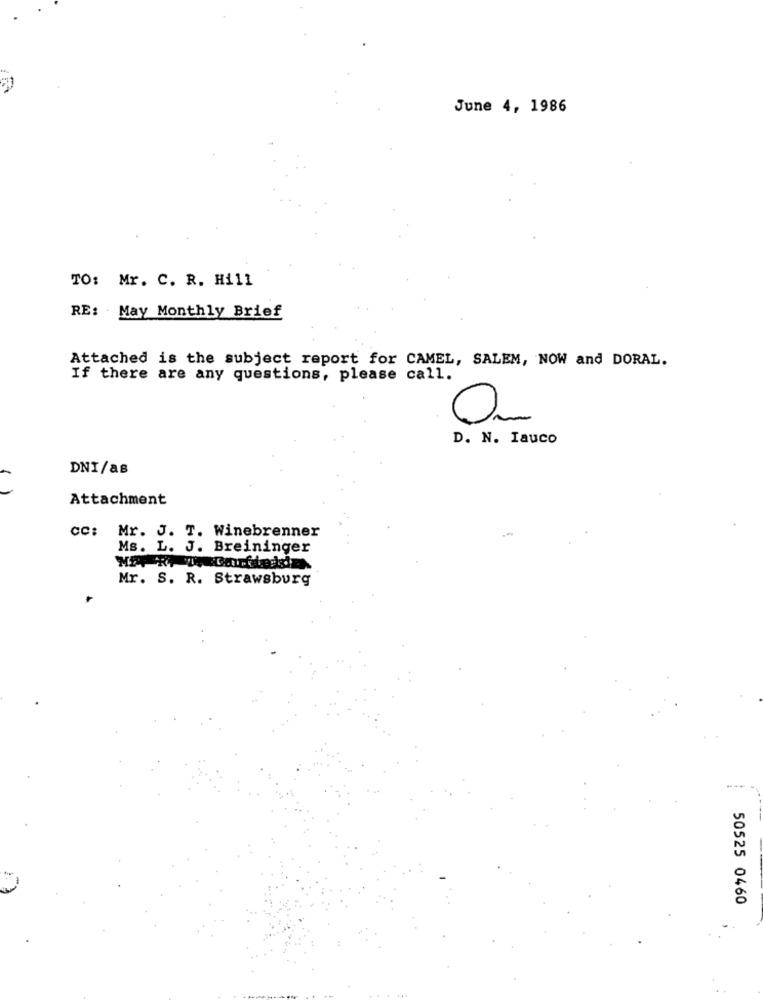
June 4, 1986
TO: Mr. C. R. Hill
RE: - May Monthly Brief
Attached is the subject report for CAMEL, SALEM, NOW and DORAL.
If there are any questions, please call.
D. N. Iauco
DNI/as
Attachment
cc: Mr. J. T. Winebrenner
Ms. L. J. Breininger
Mr. S. R. Strawsburg
50525 0460